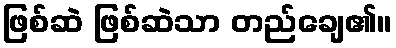
ဖြစ်ဆဲ ဖြစ်ဆဲသာ တည်ချေ၏။